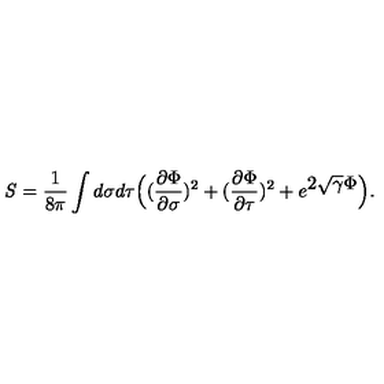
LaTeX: { \it S } = { \frac { 1 } { 8 \pi } } \int d \sigma d \tau \Bigl ( ( { \frac { \partial \Phi } { \partial \sigma } } ) ^ { 2 } + ( { \frac { \partial \Phi } { \partial \tau } } ) ^ { 2 } + e ^ { \displaystyle 2 \sqrt { \gamma } \Phi } \Bigr ) .